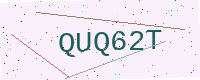
Text: QUQ62T